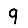
Digit: 9